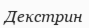
Декстрин